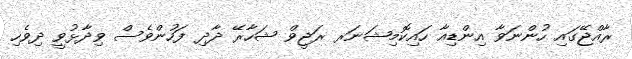
ރާއްޖޭގައި ހުންނަވާ އިންޑިއާ ހައިކޮމިޝަނަރ ރަޖީވް ޝަހާރޭ ދާދި ފަހުންވެސް ވިދާޅުވީ ދިވެހި